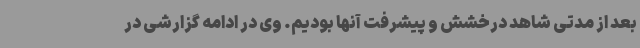
بعد از مدتی شاهد درخشش و پیشرفت آنها بودیم. وی در ادامه گزارشی در